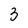
Character: 3